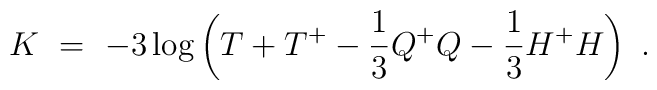
K\ =\ - 3 \log \left( T + T^+- \frac{1}{3} Q^+ Q- \frac{1}{3} H^+ H\right)~.